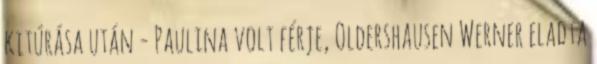
kitúrása után - Paulina volt férje, Oldershausen Werner eladta